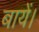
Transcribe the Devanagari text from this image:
बायें।